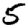
Digit: 5